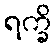
ရက္ခိ